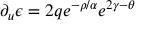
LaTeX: \partial _ { u } \epsilon = 2 q e ^ { - \rho / \alpha } e ^ { 2 \gamma - \theta }